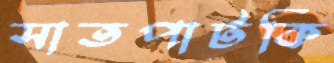
সাতপাটকি